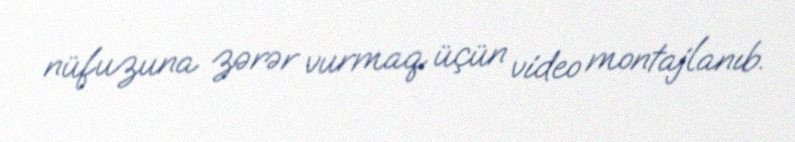
nüfuzuna zərər vurmaq üçün video montajlanıb.